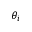
\theta _ { i }